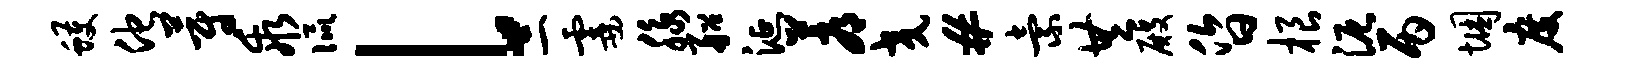
蠖他蔚乖侃l二霎脉船涎蓐交#索共殿昏根泥丙悃度